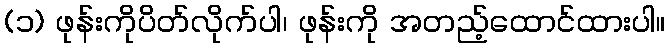
(၁) ဖုန်းကိုပိတ်လိုက်ပါ၊ ဖုန်းကို အတည့်ထောင်ထားပါ။